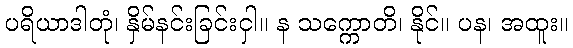
ပရိယာဒါတုံ၊ နှိမ်နင်းခြင်းငှါ။ န သက္ကောတိ၊ နိုင်။ ပန၊ အထူး။